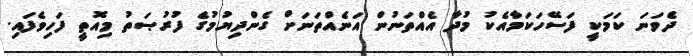
ދެވަނަ ކަމަކީ ފަސޭހަކަމާއެކު މުދާ އެއްތަނުން އަނެއްތަނަށް ގެންދިޔުމުގެ ފުރުޞަތު މިއޮތީ ފަހިވެފައި.